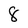
Character: 8